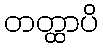
တတ္ထာပိ